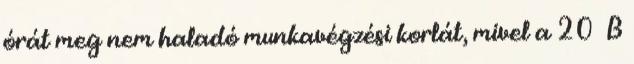
órát meg nem haladó munkavégzési korlát, mivel a 20 B